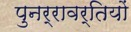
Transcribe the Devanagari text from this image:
पुनर्रावर्तियों